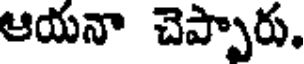
ఆయనా చెప్పారు.